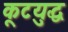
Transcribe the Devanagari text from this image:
कूटयुद्ध